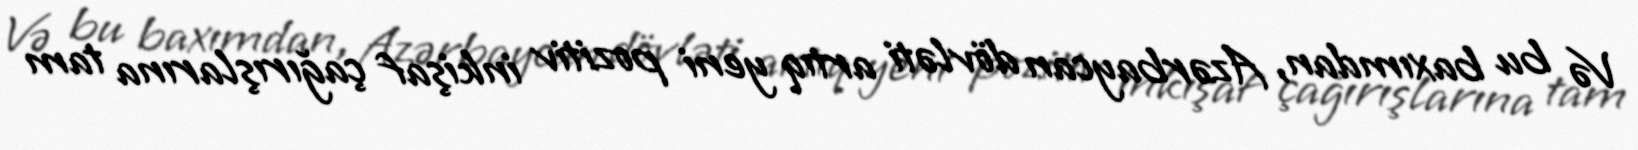
Və bu baxımdan, Azərbaycan dövləti artıq yeni pozitiv inkişaf çağırışlarına tam